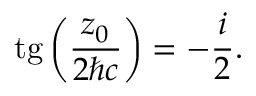
\mathrm { t g } \left( \frac { z _ { 0 } } { 2 { \hbar } c } \right) = - \frac { i } { 2 } .